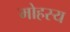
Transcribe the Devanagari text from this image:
मोहस्य